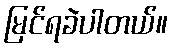
မြင်ရခဲပါတယ်။